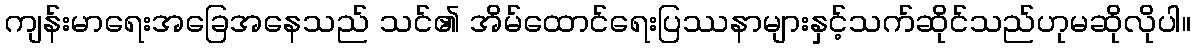
ကျန်းမာရေးအခြေအနေသည် သင်၏ အိမ်ထောင်ရေးပြဿနာများနှင့်သက်ဆိုင်သည်ဟုမဆိုလိုပါ။